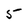
Character: 5